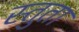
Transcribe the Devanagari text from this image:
स्तुता